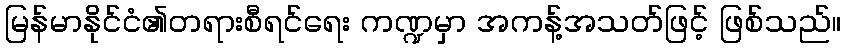
မြန်မာနိုင်ငံ၏တရားစီရင်ရေး ကဏ္ဍမှာ အကန့်အသတ်ဖြင့် ဖြစ်သည်။